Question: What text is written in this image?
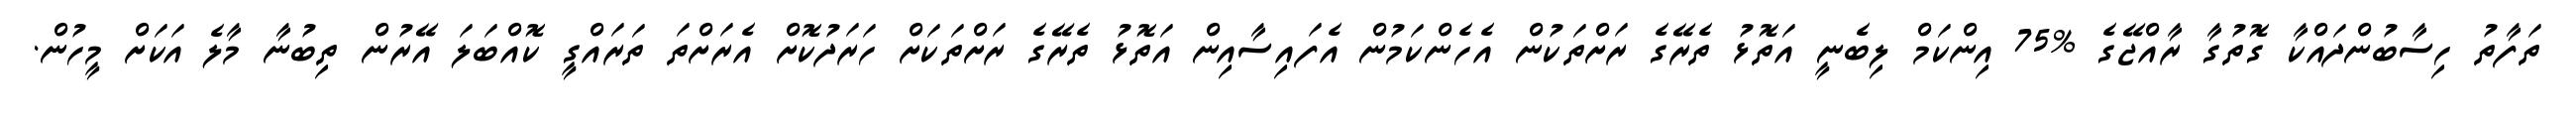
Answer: ތަފާތު ހިސާބުންދައްކާ ގޮތުގާ ރާއްޖޭގެ %75 އިންކަމް ލިބެނީ އަތޮޅު ތެރޭގެ ރަށްތަކުން އެހެންކަމުން އެފައިސާއިން އަތޮޅު ތެރޭގެ ރަށްތަކަށް ހަރަދުކޮށް އެރަށްތަ ތަރައްގީ ކޮއްބަލަ އޭރުން ތިބުނާ މާލެ އަކަށް މީހުން.